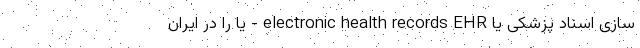
سازی اسناد پزشکی یا electronic health records EHR - یا را در ایران